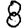
Digit: 8